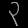
Digit: ၃